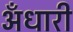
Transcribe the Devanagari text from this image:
अँधारी